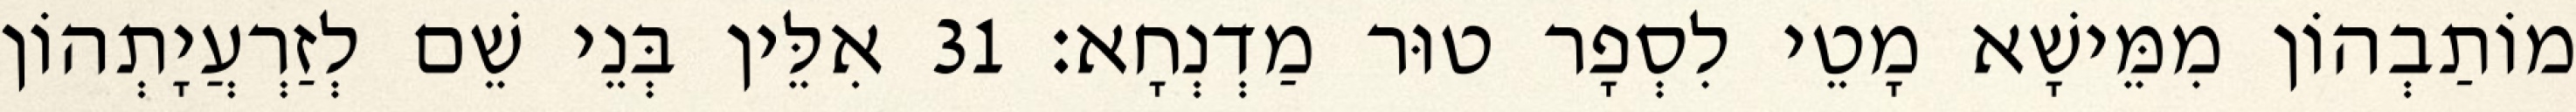
מוֹתַבְהוֹן מִמֵּישָׁא מָטֵי לִסְפָר טוּר מַדְנְחָא׃ 31 אִלֵּין בְּנֵי שֵׁם לְזַרְעֲיָתְהוֹן